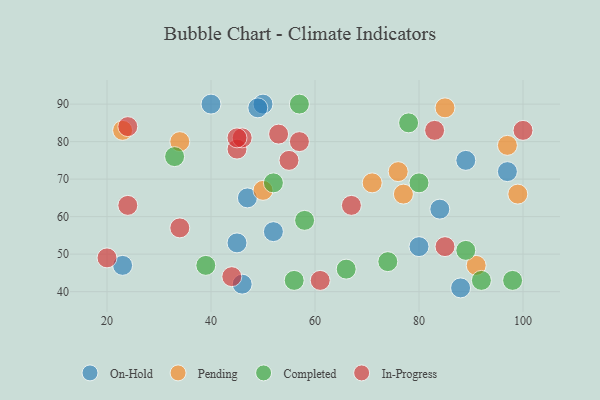
{"axis": {"x": "GDP", "y": "Life Expectancy"}, "legend": ["Completed", "In-Progress", "On-Hold", "Pending"], "data": [{"x": "23", "y": 47, "type": "On-Hold"}, {"x": "50", "y": 90, "type": "On-Hold"}, {"x": "89", "y": 75, "type": "On-Hold"}, {"x": "49", "y": 89, "type": "On-Hold"}, {"x": "52", "y": 56, "type": "On-Hold"}, {"x": "40", "y": 90, "type": "On-Hold"}, {"x": "88", "y": 41, "type": "On-Hold"}, {"x": "45", "y": 53, "type": "On-Hold"}, {"x": "97", "y": 72, "type": "On-Hold"}, {"x": "47", "y": 65, "type": "On-Hold"}, {"x": "84", "y": 62, "type": "On-Hold"}, {"x": "46", "y": 42, "type": "On-Hold"}, {"x": "80", "y": 52, "type": "On-Hold"}, {"x": "34", "y": 80, "type": "Pending"}, {"x": "50", "y": 67, "type": "Pending"}, {"x": "71", "y": 69, "type": "Pending"}, {"x": "91", "y": 47, "type": "Pending"}, {"x": "85", "y": 89, "type": "Pending"}, {"x": "76", "y": 72, "type": "Pending"}, {"x": "97", "y": 79, "type": "Pending"}, {"x": "99", "y": 66, "type": "Pending"}, {"x": "23", "y": 83, "type": "Pending"}, {"x": "77", "y": 66, "type": "Pending"}, {"x": "78", "y": 85, "type": "Completed"}, {"x": "92", "y": 43, "type": "Completed"}, {"x": "39", "y": 47, "type": "Completed"}, {"x": "89", "y": 51, "type": "Completed"}, {"x": "58", "y": 59, "type": "Completed"}, {"x": "57", "y": 90, "type": "Completed"}, {"x": "74", "y": 48, "type": "Completed"}, {"x": "80", "y": 69, "type": "Completed"}, {"x": "52", "y": 69, "type": "Completed"}, {"x": "98", "y": 43, "type": "Completed"}, {"x": "56", "y": 43, "type": "Completed"}, {"x": "66", "y": 46, "type": "Completed"}, {"x": "33", "y": 76, "type": "Completed"}, {"x": "57", "y": 80, "type": "In-Progress"}, {"x": "34", "y": 57, "type": "In-Progress"}, {"x": "24", "y": 84, "type": "In-Progress"}, {"x": "44", "y": 44, "type": "In-Progress"}, {"x": "20", "y": 49, "type": "In-Progress"}, {"x": "55", "y": 75, "type": "In-Progress"}, {"x": "53", "y": 82, "type": "In-Progress"}, {"x": "24", "y": 63, "type": "In-Progress"}, {"x": "85", "y": 52, "type": "In-Progress"}, {"x": "45", "y": 78, "type": "In-Progress"}, {"x": "67", "y": 63, "type": "In-Progress"}, {"x": "46", "y": 81, "type": "In-Progress"}, {"x": "45", "y": 81, "type": "In-Progress"}, {"x": "100", "y": 83, "type": "In-Progress"}, {"x": "83", "y": 83, "type": "In-Progress"}, {"x": "61", "y": 43, "type": "In-Progress"}]}